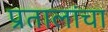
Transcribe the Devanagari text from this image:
प्रतालांचा